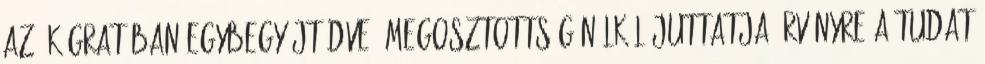
az ékágratában egybegyűjtődve, megosztottság nélkül juttatja érvényre a tudat